Medical and sanitary report on the native army of Bombay for the year
Year: 1879
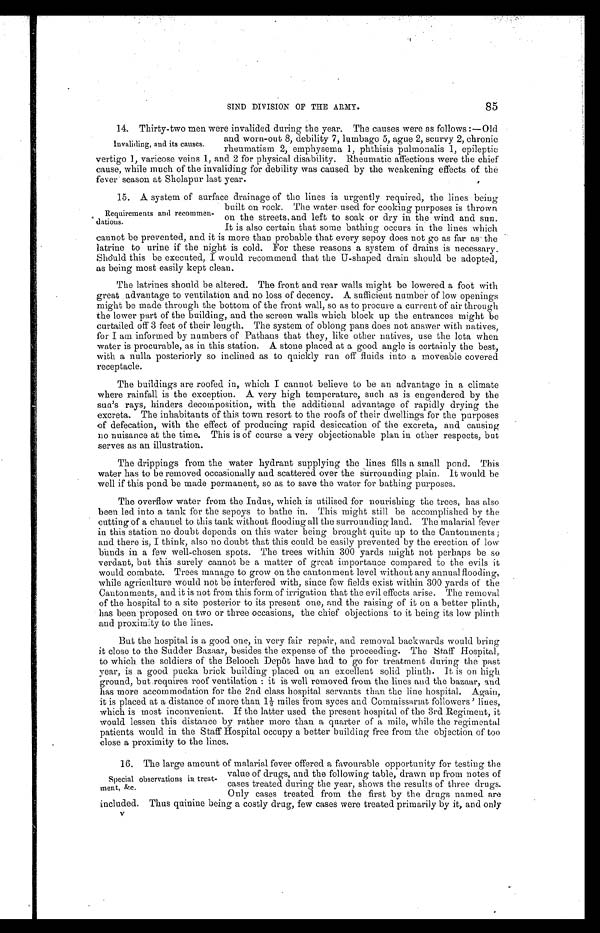
SIND DIVISION OF THE ARMY.
85
14, Thirty-two men were invalided during the year. The causes were as follows:—Old
and worn-out 8, debility 7, lumbago 5, ague 2, scurvy 2, chronic
rheumatism 2, emphysema 1, phthisis pulmonalis 1, epileptic
vertigo 1, varicose veins 1, and 2 for physical disability. Rheumatic affections were the chief
cause, while much of the invaliding for debility was caused by the weakening effects of the
fever season at Sholapur last year.
15. A system of surface drainage of the lines is urgently required, the lines being
built on rock. The water used for cooking purposes is thrown
on the streets and left to soak or dry in the wind and sun.
It is also certain that some bathing occurs in the lines which
cannot be prevented, and it is more than probable that every sepoy does not go as far as the
latrine to urine if the night is cold. For these reasons a system of drains is necessary.
Should this be executed, I would recommend that the U-shaped drain should be adopted,
as being most easily kept clean.
The latrines should be altered. The front and rear walls might be lowered a foot with
great advantage to ventilation and no loss of decency. A. sufficient number of low openings
might be made through the bottom of the front wall, so as to procure a current of air through
the lower part of the building, and the screen walls which block up the entrances might be
curtailed off 3 feet of their length. The system of oblong pans does not answer with natives,
for I am informed by numbers of Pathaus that they, like other natives, use the lota when
water is procurable, as in this station. A stone placed at a good angle is certainly the best,
with a nulla posteriorly so inclined as to quickly run off fluids into a moveable covered
receptacle.
The buildings are roofed in, which I cannot believe to be an advantage in a climate
where rainfall is the exception. A very high temperature, such as is engendered by the
sun's rays, hinders decomposition, with the additional advantage of rapidly drying the
excreta. The inhabitants of this town resort to the roofs of their dwellings for the purposes
of defecation, with the effect of producing rapid desiccation of the excreta, and causing
no nuisance at the time. This is of course a very objectionable plan in other respects, but
serves as an illustration.
The drippings from the water hydrant supplying the lines fills a small pond. This
water has to be removed occasionally and scattered over the surrounding plain. It would be
well if this pond be made permanent, so as to save the water for bathing purposes.
The overflow water from the Indus, which is utilised for nourishing the trees, has also
been led into a tank for the sepoys to bathe in. This might still be accomplished by the
cutting of a channel to this tank without flooding all the surrounding land. The malarial fever
in this station no doubt depends on this water being brought quite up to the Cantonments;
and there is, I think, also no doubt that this could be easily prevented by the erection of low
bunds in a few well-chosen spots. The trees within 300 yards might not perhaps be so
verdant, but this surely cannot be a matter of great importance compared to the evils it
would combate. Trees manage to grow on the cantonment level without any annual flooding,
while agriculture would not be interfered with, since few fields exist within 300 yards of the
Cantonments, and it is not from this form of irrigation that the evil effects arise. The removal
of the hospital to a site posterior to its present one, and the raising of it on a better plinth,
has been proposed on two or three occasions, the chief objections to it being its low plinth.
and proximity to the lines.
But the hospital is a good one, in very fair repair, and removal backwards would bring
it close to the Sudder Bazaar, besides the expense of the proceeding. The Staff Hospital,
to which the soldiers of the Belooch Depôt have had to go for treatment during the past
year, is a good pucka brick building placed on an excellent solid plinth. It is on high
ground, but requires roof ventilation: it is well removed from the lines and the bazaar, and
has more accommodation for the 2nd class hospital servants than the line hospital. Again,
it is placed at a distance of more than 1½ miles from syces and Commissariat followers' lines,
which is most inconvenient. If the latter used the present hospital of the 3rd Regiment, it
would lessen this distance by rather more than a quarter of a mile, while the regimental
patients would in the Staff Hospital occupy a better building free from the objection of too
close a proximity to the lines.
16. The large amount of malarial fever offered a favourable opportunity for testing the
value of drugs, and the following table, drawn up from notes of
cases treated during the year, shows the results of three drugs.
Only cases treated from the first by the drugs named are
included. Thus quinine being a costly drug, few cases were treated primarily by it, and only
v
Invaliding, and its causes.
Requirements and
recommen-
dations.
Special observations in treat
-ment, &c.